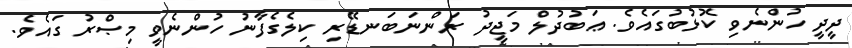
ދީދީ ހުންނެވި ކޮޅުބުގައެވެ. ޢަބުދުލް މަޖީދު ރަންނަބަނޑޭރި ކިލެގެފާނު ހުންނެވީ މިޞްރު ގައެވެ.